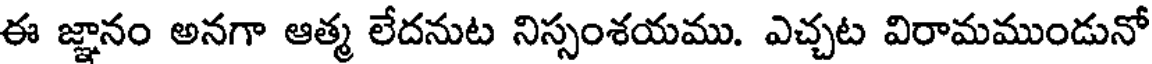
ఈ జ్ఞానం అనగా ఆత్మ లేదనుట నిస్సంశయము. ఎచ్చట విరామముండునో